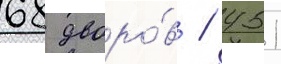
68 дворо́в / 451